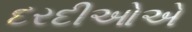
દરદીઓએ